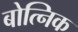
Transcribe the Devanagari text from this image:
बोत्निक